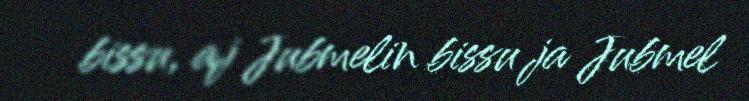
bissu, aj Jubmelin bissu ja Jubmel